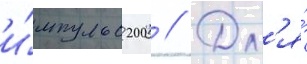
и́мпульс 200 // Дл'я́